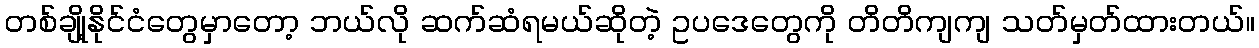
တစ်ချို့နိုင်ငံတွေမှာတော့ ဘယ်လို ဆက်ဆံရမယ်ဆိုတဲ့ ဥပဒေတွေကို တိတိကျကျ သတ်မှတ်ထားတယ်။